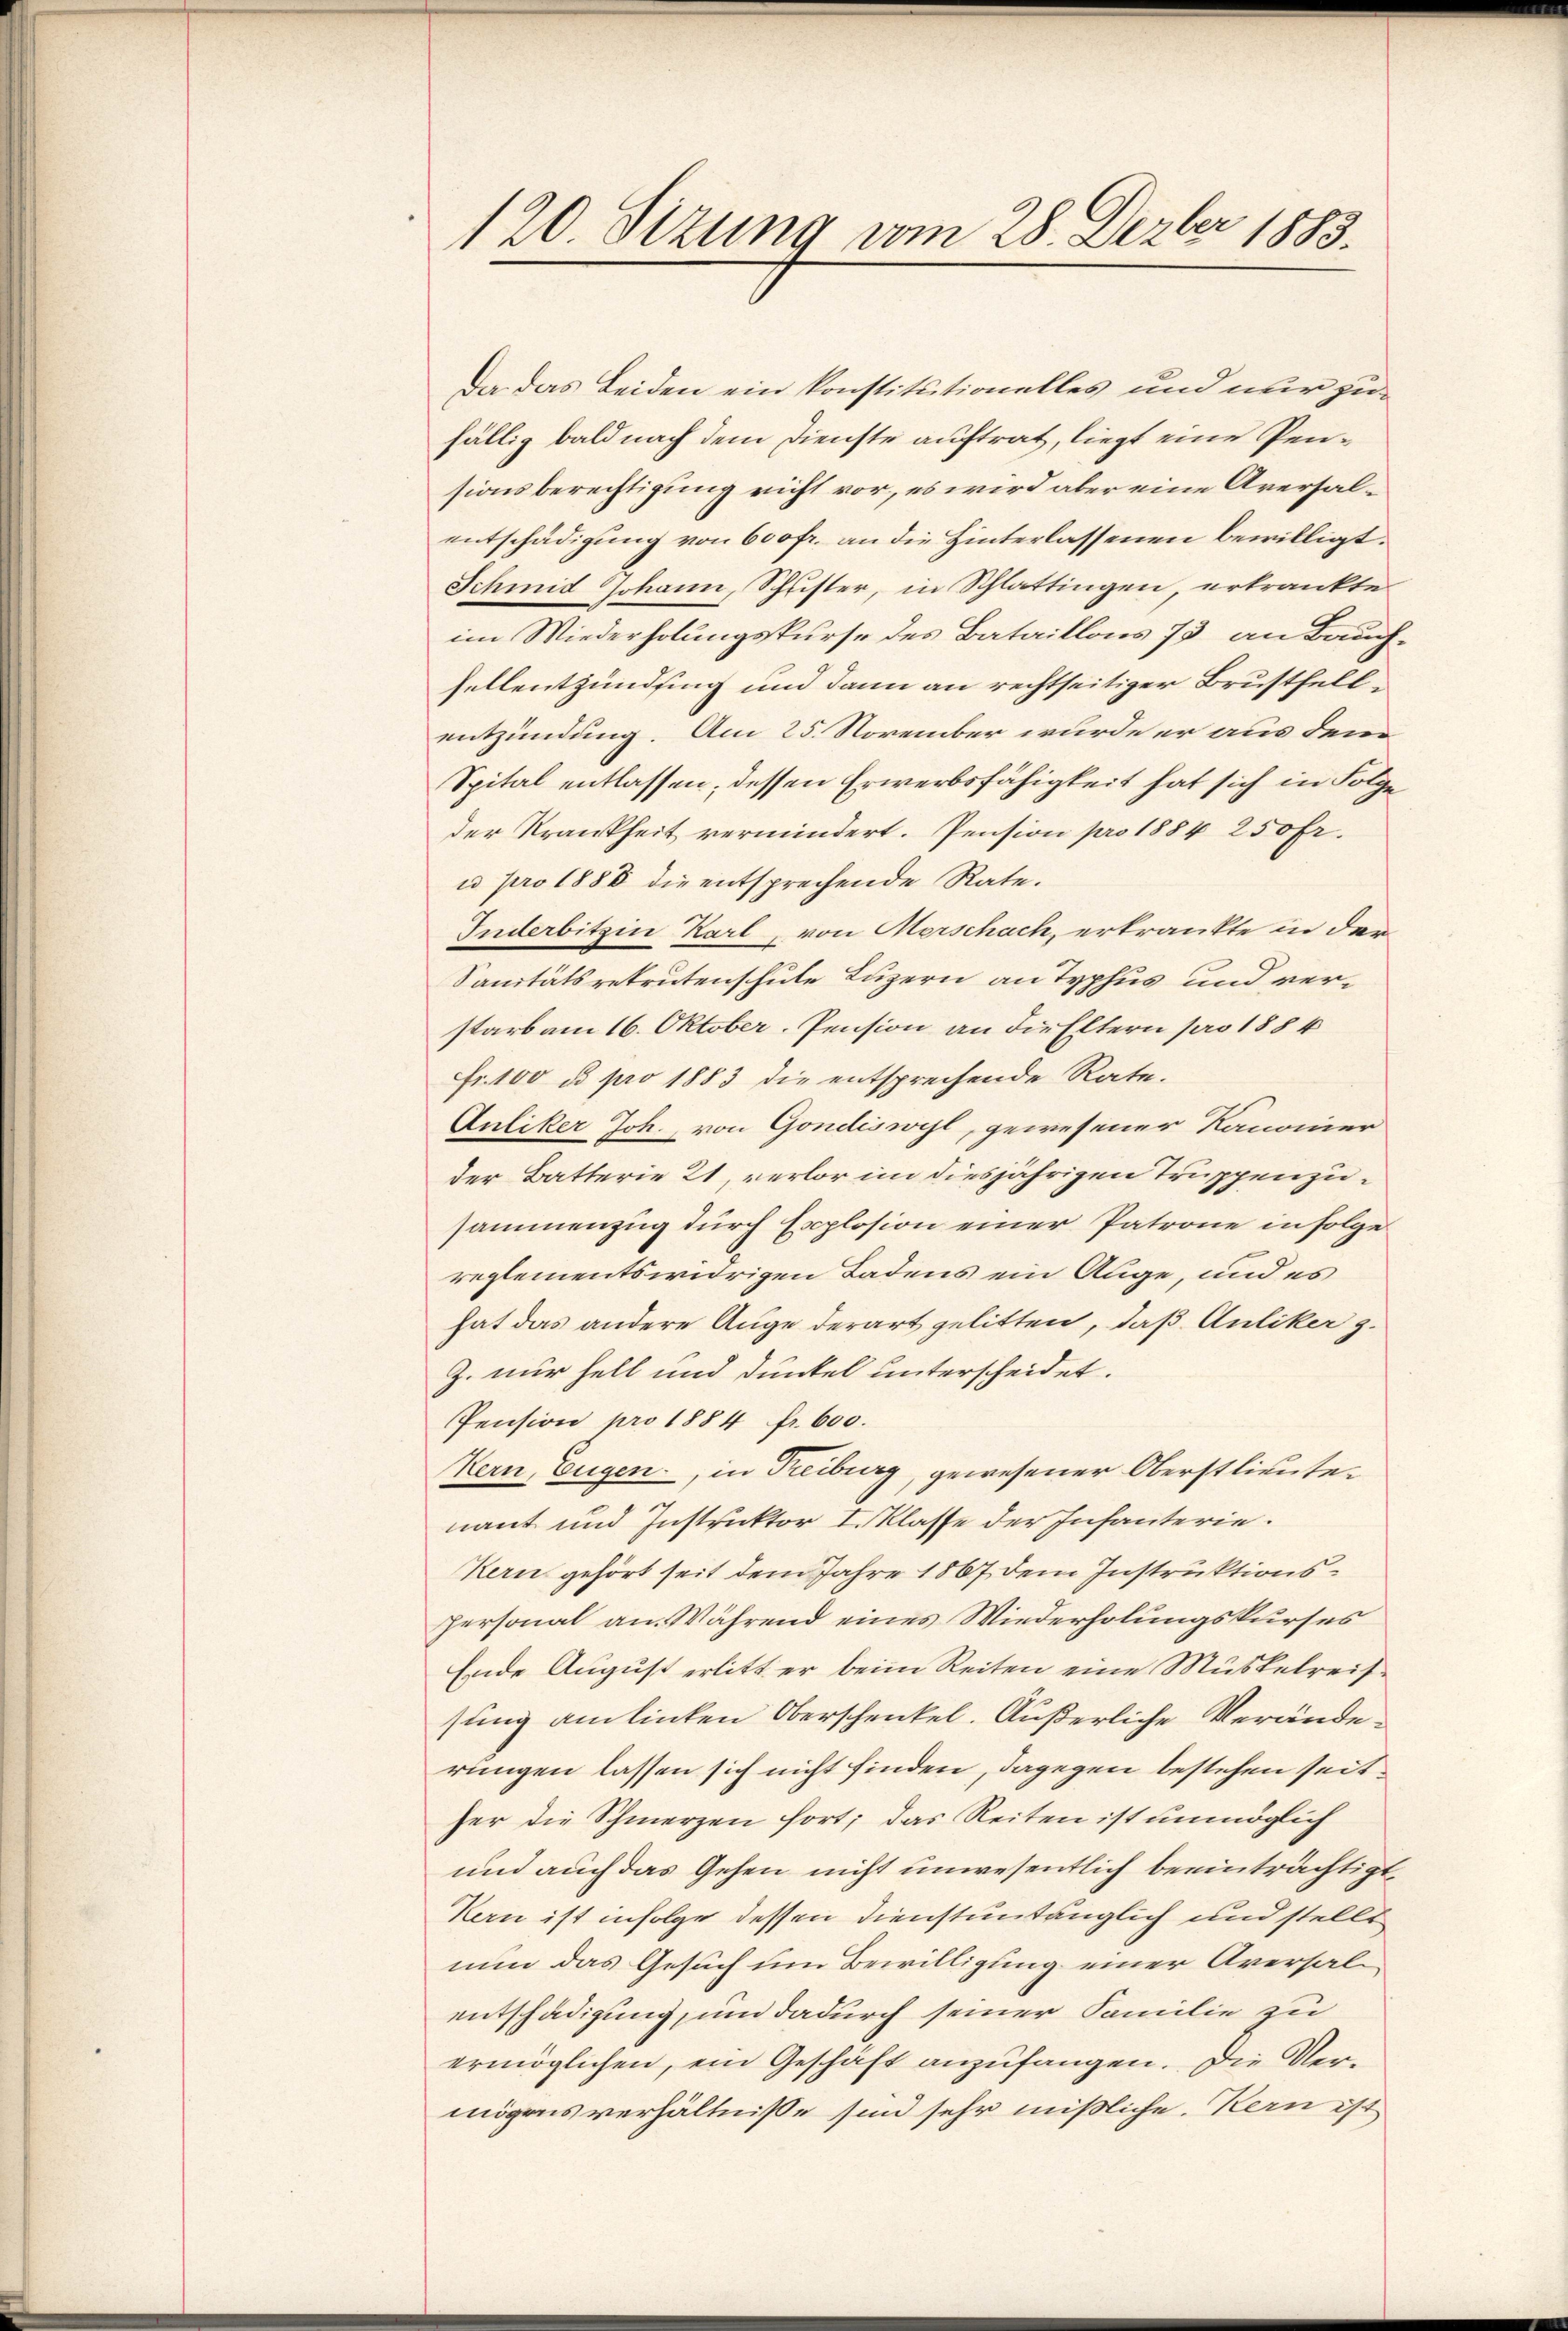
120. Sizung vom 28. Dezbr 1883.

Da das Beiden ein konstitutionelles und nur zufällig bald nach dem Dienste auftrat, liegt eine Pensionsberechtigung nicht vor, es wird aber eine Aversalentschädigung von 600 fr. an die Hinterlassenen bewilligt.
Schmid Johann, Schuster, in Schlattingen erkrankte
im Wiederholungskurse des Bataillons 73 an Bauchfellentzündung und dann an rechtseitiger Brustfellentzündung. Am 25. November wurde er aus dem
Spital entlassen, dessen Erwerbsfähigkeit hat sich in Folge
der Krankheit vermindert. Pension pro 1884 250 fr.
u pro 1888 die entsprechende Rate.
Inderbitzin Karl von Morschach, erkrankte in der
Sanitätsretrutenschule Luzern an Typhus und verstarb am 16. Oktober, Pension an die Eltern pro 1884
Fr. 100 u pro 1883 die entsprechende Rate.
Anliker Joh. von Gondiswyl, gewesener Kanonier
der Batterie 21, verlor im diesjährigen Truppenzusammenzug durch Explosion einer Patrone infolge
reglementswidrigen Ladens ein Auge, und es
hat das andere Auge derart gelitten, daß Auliker z.
Z. nur hell und dunkel unterscheidet.
Pension pro 1884 fr. 600.
Kern, Eugen, in Treiburg, gewesener Oberstlieutenant und Instruktor I. Klasse der Infanterie.
Kern gehört seit dem Jahre 1867 dem Instruktions¬
Personal an Während eines Wiederholungskurses
Ende August erlitt er beim Reiten eine Muskelreissung am linken Oberschenkel. Äußerliche Veränderungen lassen sich nicht finden, dagegen bestehen seither die Schmerzen fort; das Reiten ist unmöglich
und auch das Gehen nicht unwesentlich beeinträchtigt,
Kern ist infolge dessen Dienstuntänglich und stelle
nun das Gesuch um Bewilligung einer Aversalentschädigung, und dadurch seiner Familie zu
ermöglichen, ein Geschäft anzufangen. Die Vermögensverhältniße sind sehr mißliche Kern ist